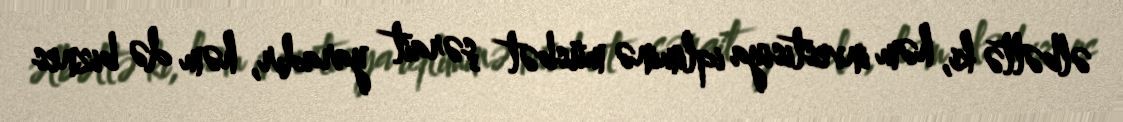
əlbəttə ki, həm investisiya iqliminə müsbət şərait yaradır, həm də biznes